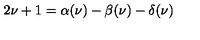
2 \nu + 1 = \alpha ( \nu ) - \beta ( \nu ) - \delta ( \nu )